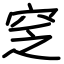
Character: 窆